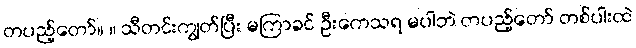
တပည့်တော်။ ။ သီတင်းကျွတ်ပြီး မကြာခင် ဦးကေသရ မပါဘဲ တပည့်တော် တစ်ပါးထဲ